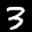
Label: 3